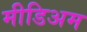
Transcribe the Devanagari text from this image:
मीडिअम